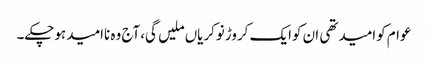
عوام کوامیدتھی ان کوایک کروڑنوکریاں ملیں گی،آج وہ ناامیدہوچکے۔